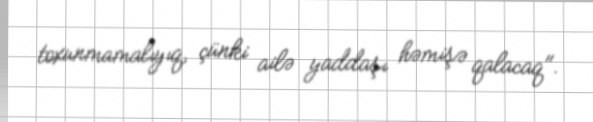
toxunmamalıyıq, çünki ailə yaddaşı həmişə qalacaq".